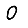
Digit: 0